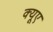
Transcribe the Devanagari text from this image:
क्यूए